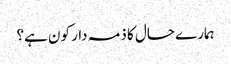
ہمارے حال کا ذمہ دار کون ہے؟